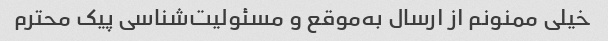
خیلی ممنونم از ارسال به‌موقع و مسئولیت‌شناسی پیک محترم